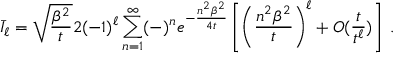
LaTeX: \bar { I } _ { \ell } = \sqrt { \frac { \beta ^ { 2 } } { t } } 2 ( - 1 ) ^ { \ell } \sum _ { n = 1 } ^ { \infty } ( - ) ^ { n } e ^ { - \frac { n ^ { 2 } \beta ^ { 2 } } { 4 t } } \left[ \left( \frac { n ^ { 2 } \beta ^ { 2 } } { t } \right) ^ { \ell } + O ( \frac { t } { t ^ { \ell } } ) \right] \; .